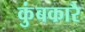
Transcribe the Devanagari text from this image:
कुंबकारै